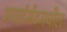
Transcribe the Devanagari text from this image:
अपार्टमेंटमधील